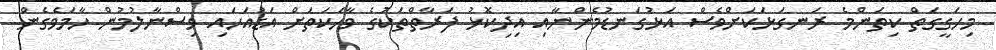
މިހަގީގަތް ކިތަންމެ ރަނގަޅަކަށްވެސް އަޅުގަނޑުމެންނާއި އިދިކޮޅު ފަރާތްތަކުގެ ވާހަކަތަށް އަޑުއަހައި ވިސްނާލުމުން ހާމަވެގެން